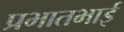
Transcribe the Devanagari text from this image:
प्रभातभाई